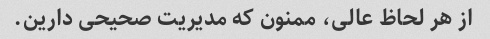
از هر لحاظ عالی، ممنون که مدیریت صحیحی دارین.